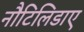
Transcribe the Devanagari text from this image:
नौटिलिडाए